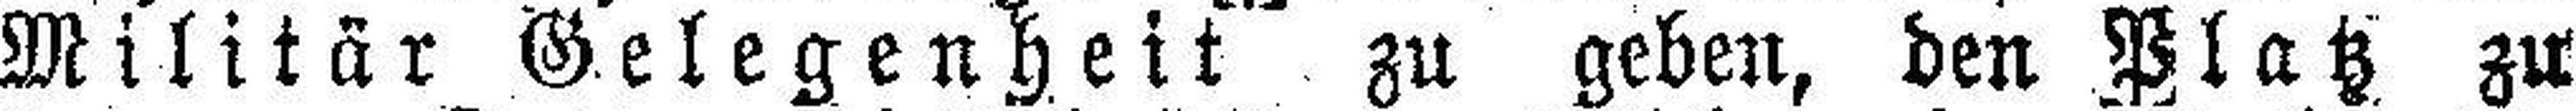
Militär Gelegenheit zu geben, den Platz zu